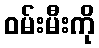
ဝမ်းမီးကို